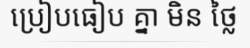
ប្រៀបធៀប គ្នា មិន ថ្លៃ